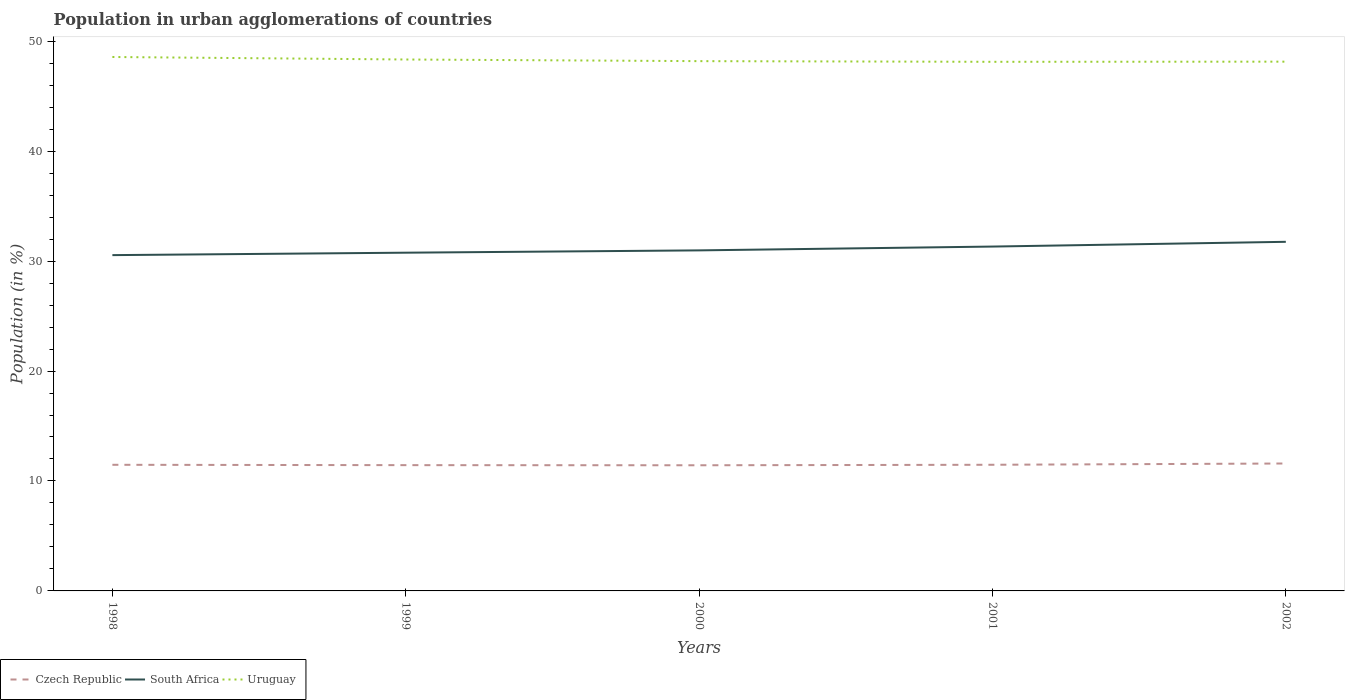
| Years | Czech Republic | South Africa | Uruguay |
 | --- | --- | --- | --- |
 | 1998 | 11.5 | 30.5 | 48.6 |
 | 1999 | 11.4 | 30.8 | 48.3 |
 | 2000 | 11.4 | 31 | 48.2 |
 | 2001 | 11.5 | 31.3 | 48.1 |
 | 2002 | 11.6 | 31.8 | 48.1 |